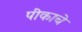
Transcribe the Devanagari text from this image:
पीकाचे